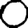
Digit: 0